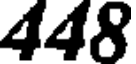
448